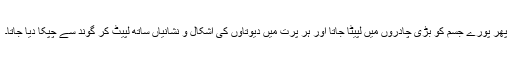
پھر پورے جسم کو بڑی چادروں میں لپیٹا جاتا اور ہر پرت میں دیوتاوں کی اشکال و نشانیاں ساتھ لپیٹ کر گوند سے چپکا دیا جاتا۔